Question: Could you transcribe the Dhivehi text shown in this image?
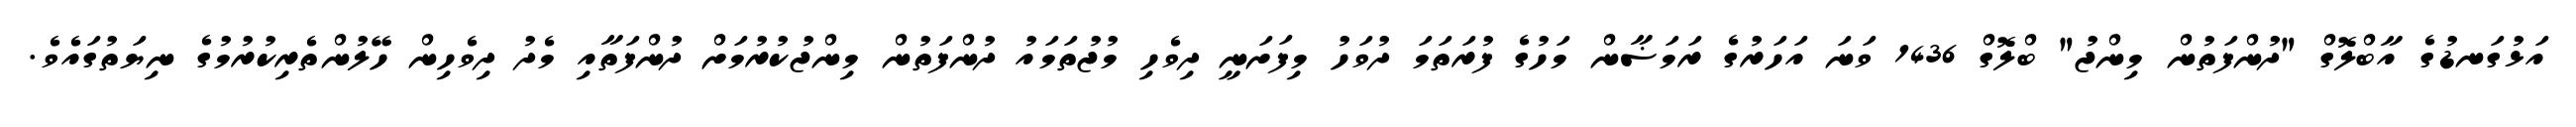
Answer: އަޅުގަނޑުގެ އާބްލޮގް "ދުންފަތުން މިންޖު" ބްލޮގް 1436 ވަނަ އަހަރުގެ ރަމަޟާން މަހުގެ ފުރަތަމަ ދުވަހު މިފަށަނީ ދިވެހި މުޖުތަމައު ދުންފަތުން މިންޖުކުރުމަށް ދުންފަތާއި މެދު ދިވެހިން ހޭލުންތެރިކުރުމުގެ ނިޔަތުގައެވެ.